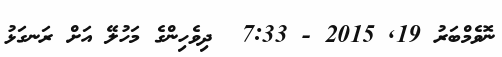
ނޮވެމްބަރު 19